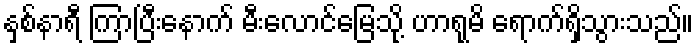
နှစ်နာရီ ကြာပြီးနောက် မီးလောင်မြေသို့ ဟာရုမိ ရောက်ရှိသွားသည်။